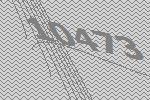
10473